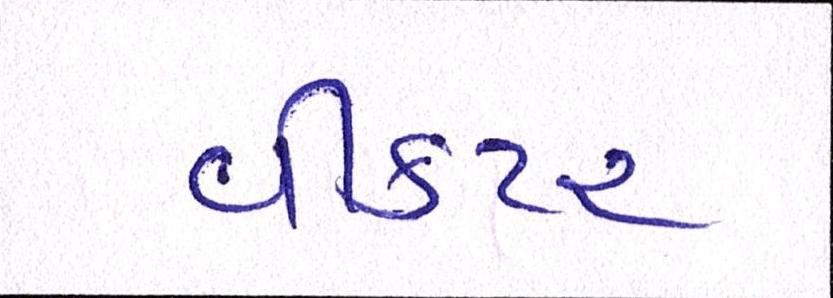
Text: વીકટર